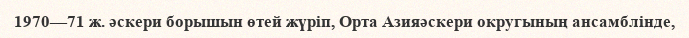
1970—71 ж. әскери борышын өтей жүріп, Орта Азияәскери округының ансамблінде,